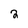
Character: 2